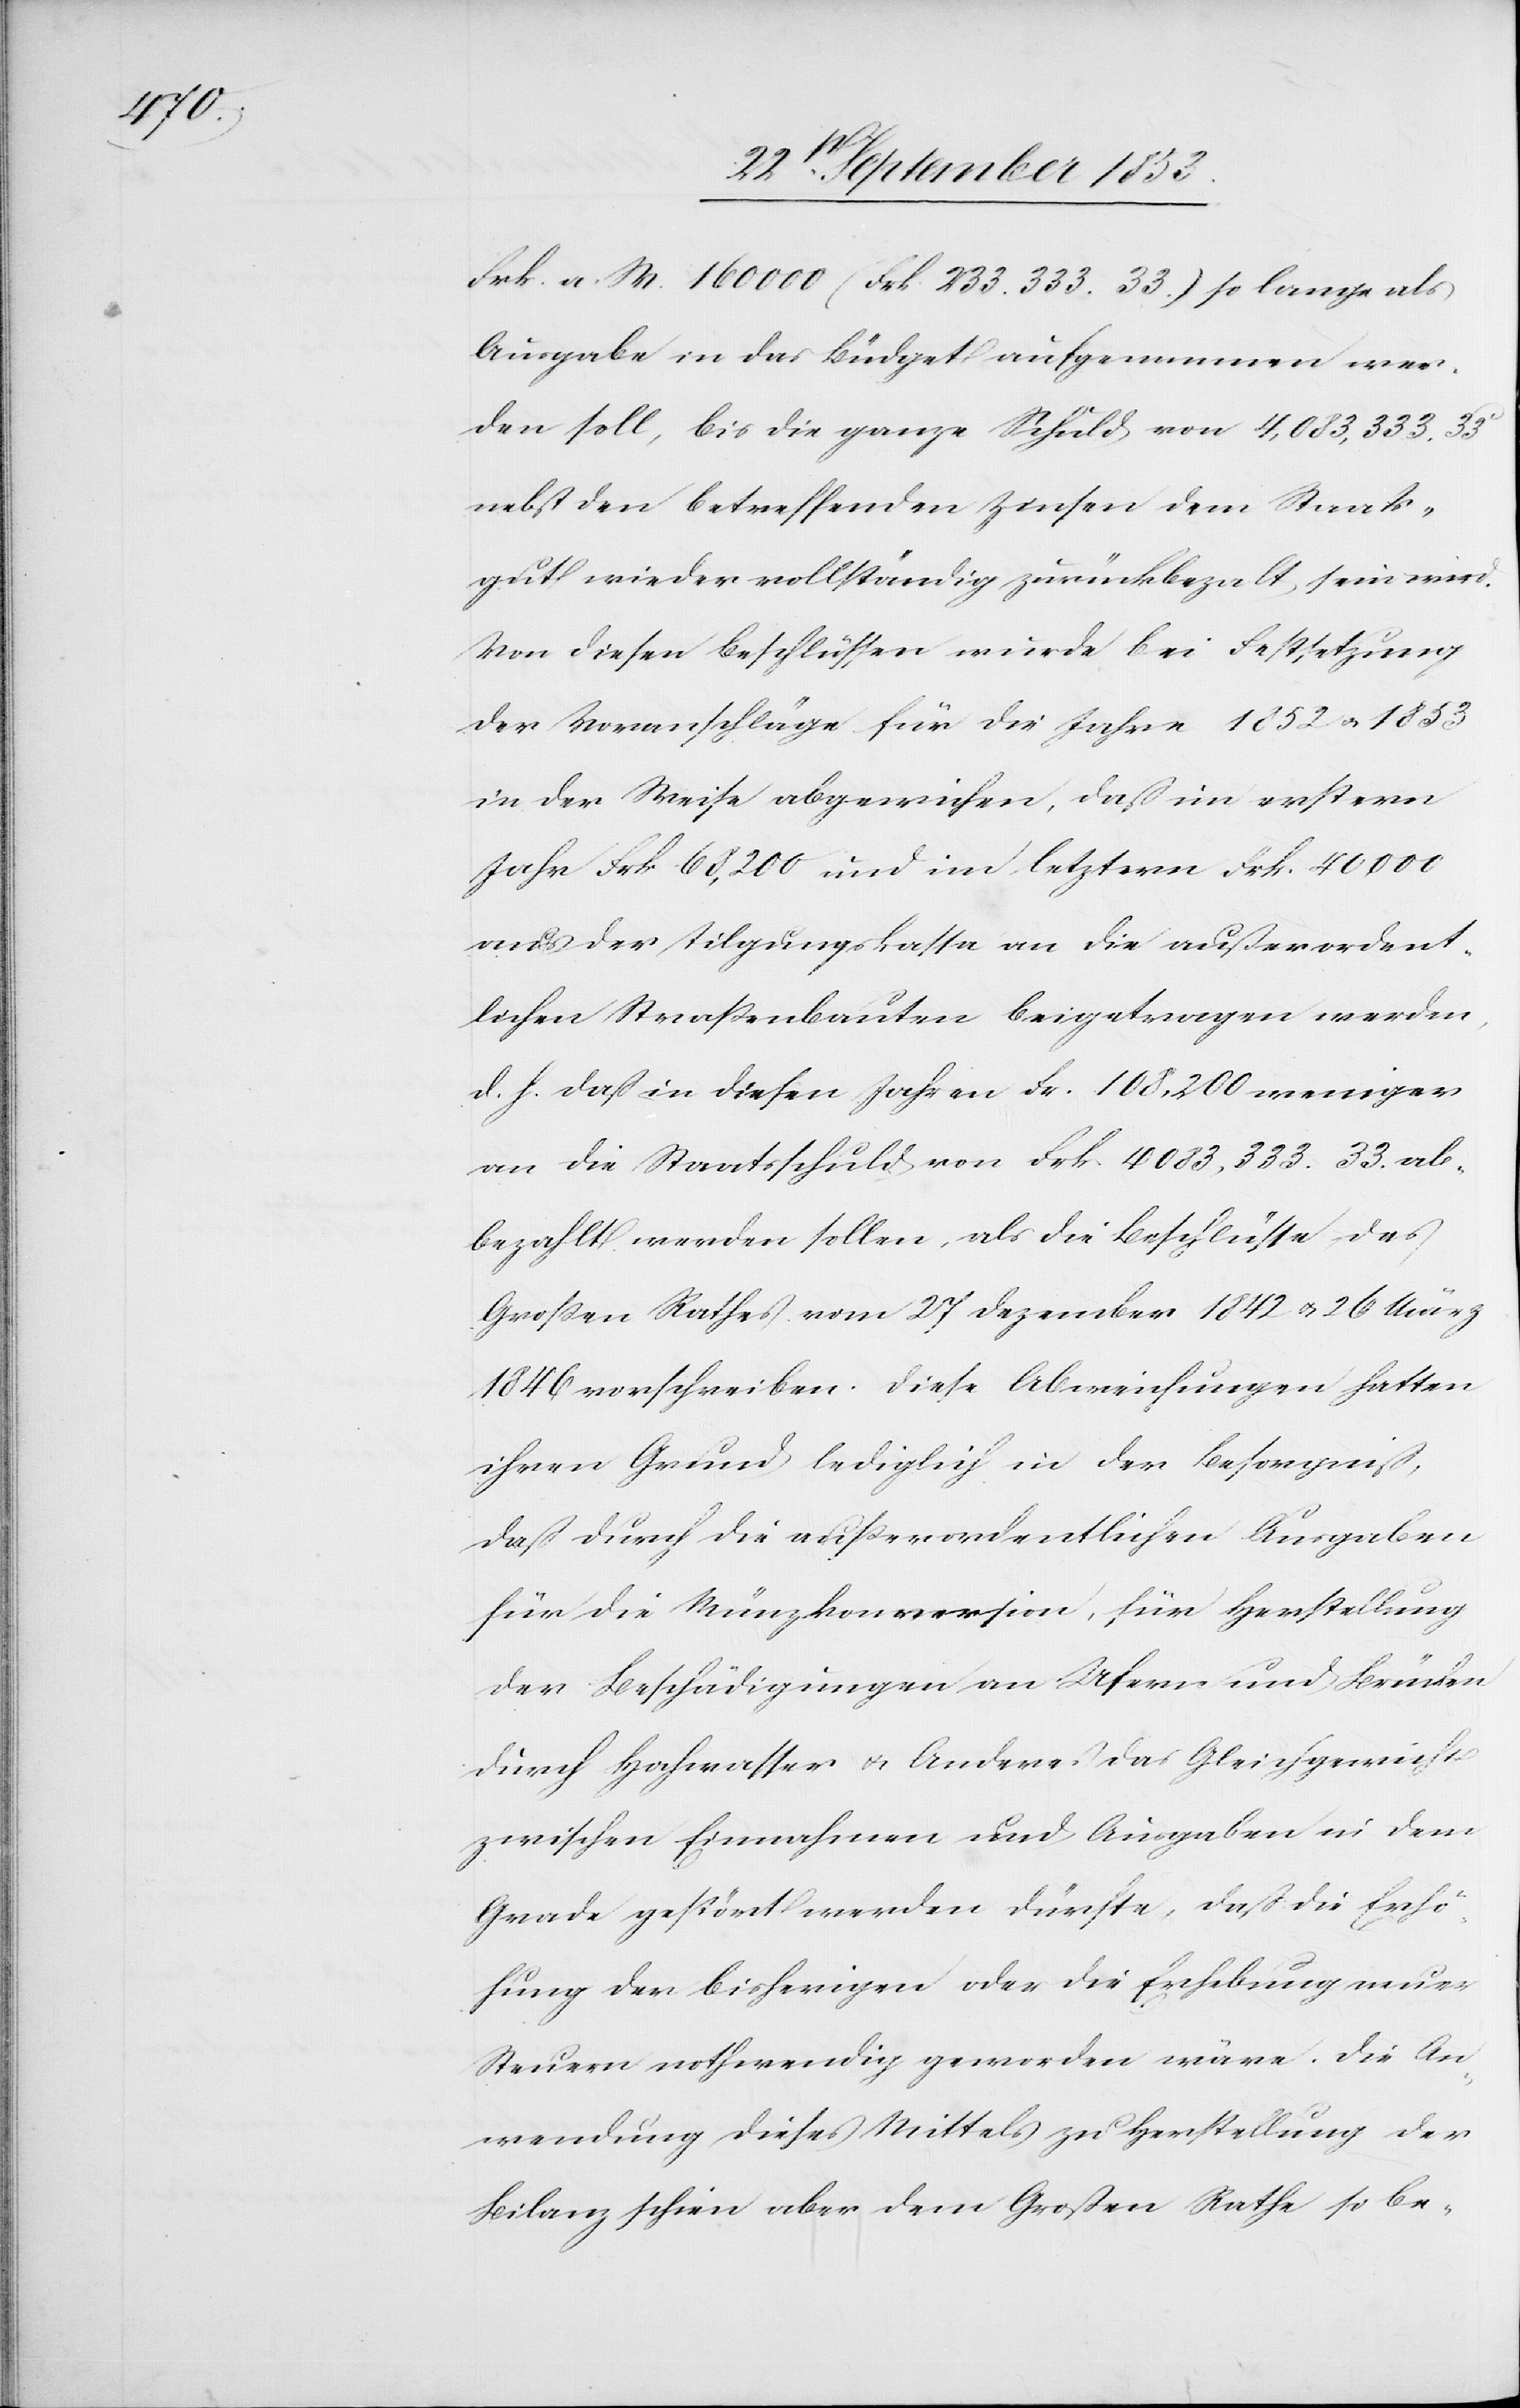
Frk. a. W. 160 000 (Frk. 233.333. 33.) so lange als
Ausgabe in das Büdget aufgenommen wer¬
den soll, bis die ganze Schuld von 4,083,333. 33c
nebst den betreffenden Zinsen dem Staats¬
gut wieder vollständig zurückbezalt, sein wird.
Von diesen Beschlüssen wurde bei Festsetzung
der Voranschläge für die Jahre 1852 u. 1853
in der Weise abgewichen, daß in ersterm
Jahre Frk. 68,200 und im letztern Frk. 40,000
d. h. daß in diesen Jahren Fr. 108,200 weniger
an die Staatsschuld von Frk. 4083,333. 33 ab¬
bezahlt werden sollen, als die Beschlüsse des
Großen Rathes vom 27 Dezember 1842 u. 26 März
1846 vorschreiben. Diese Abweichungen hatten
ihren Grund lediglich in der Besorgniß,
daß durch die außerordentlichen Ausgaben
für die Münzkonversion, für Herstellung
der Beschädigungen an Ufern und Brücken
durch Hochwasser u. Anderes das Gleichgewicht
zwischen Einnahmen und Ausgaben in dem
Grade gestört werden dürfte, daß die Erhö¬
hung der bisherigen oder die Erhebung neuer
Steuern nothwendig geworden wäre. Die An¬
wendung dieses Mittels zu Herstellung der
Bilanz schien aber dem Großen Rathe so be-